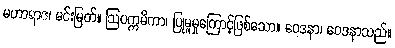
မဟာရာဇ၊ မင်းမြတ်။ ဩပက္ကမိကာ၊ ပြုမူမှုကြောင့်ဖြစ်သော။ ဝေဒနာ၊ ဝေဒနာသည်။